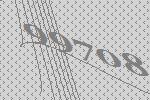
99708